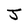
Character: J